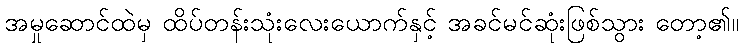
အမှုဆောင်ထဲမှ ထိပ်တန်းသုံးလေးယောက်နှင့် အခင်မင်ဆုံးဖြစ်သွား တော့၏။